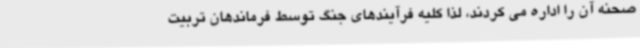
صحنه آن را اداره می کردند، لذا کلیه فرآیندهای جنگ توسط فرماندهان تربیت